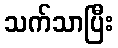
သက်သာပြီး